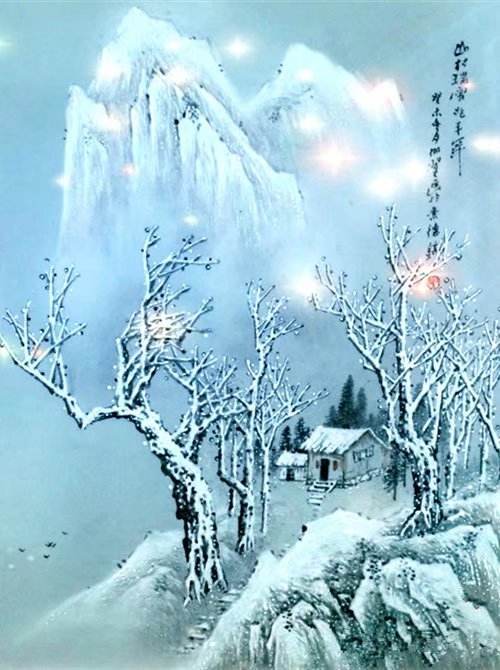
城外萧萧北风起，城上健儿吹落耳。